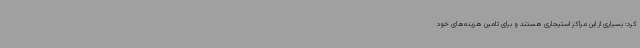
کرد: بسیاری از این مراکز استیجاری هستند و برای تامین هزینه‌های خود